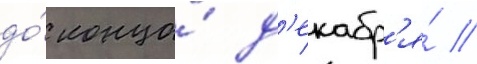
до́ конца́ д'екабр'я́ //